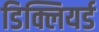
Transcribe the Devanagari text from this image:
डिक्लियर्ड